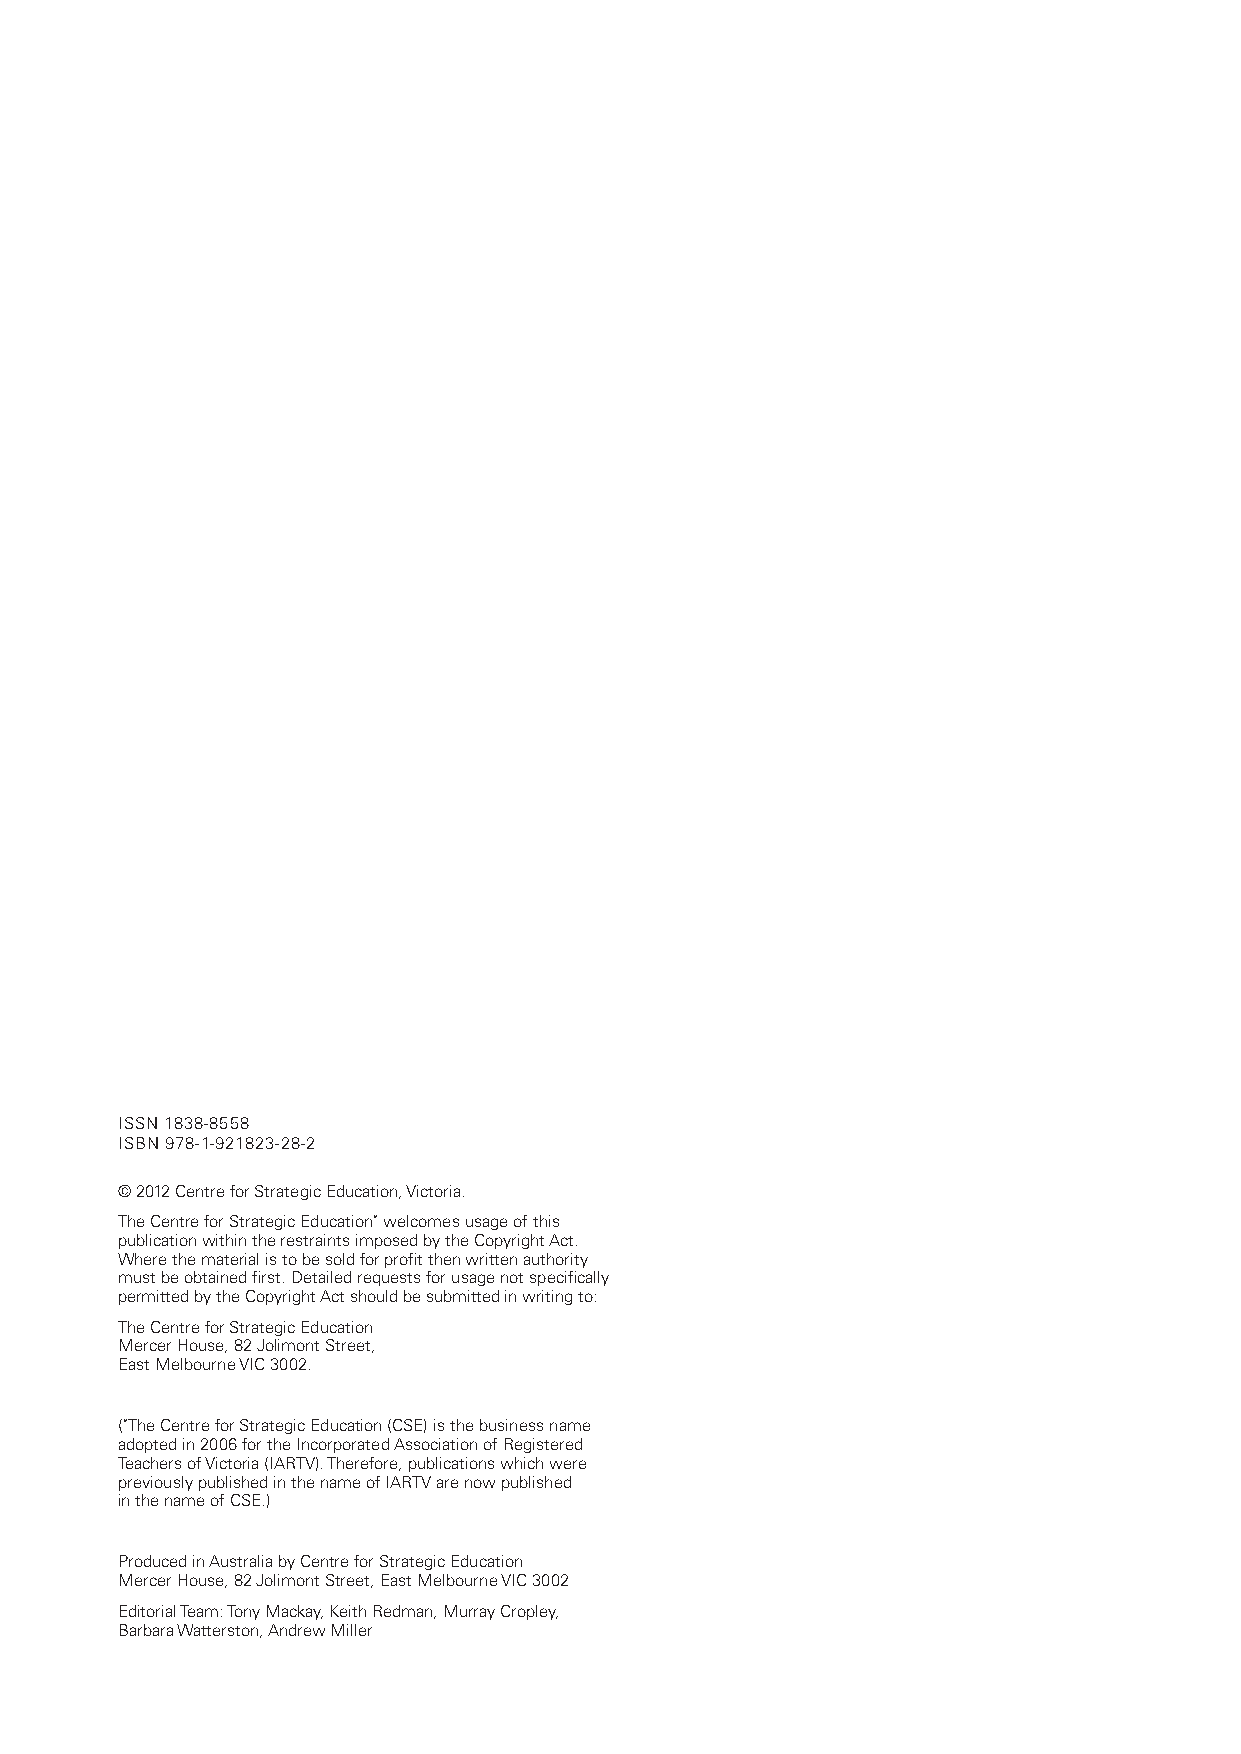
ISSN 1838-8558
 ISBN 978-1-921823-28-2
 © 2012 Centre for Strategic Education, Victoria.
 The Centre for Strategic Education* welcomes usage of this
 publication within the restraints imposed by the Copyright Act.
 Where the material is to be sold for profit then written authority
 must be obtained first. Detailed requests for usage not specifically
 permitted by the Copyright Act should be submitted in writing to:
 The Centre for Strategic Education
 Mercer House, 82 Jolimont Street,
 East Melbourne VIC 3002.
 (*The Centre for Strategic Education (CSE) is the business name
 adopted in 2006 for the Incorporated Association of Registered
 Teachers of Victoria (IARTV). Therefore, publications which were
 previously published in the name of IARTV are now published
 in the name of CSE.)
 Produced in Australia by Centre for Strategic Education
 Mercer House, 82 Jolimont Street, East Melbourne VIC 3002
 Editorial Team: Tony Mackay, Keith Redman, Murray Cropley,
 Barbara Watterston, Andrew Miller